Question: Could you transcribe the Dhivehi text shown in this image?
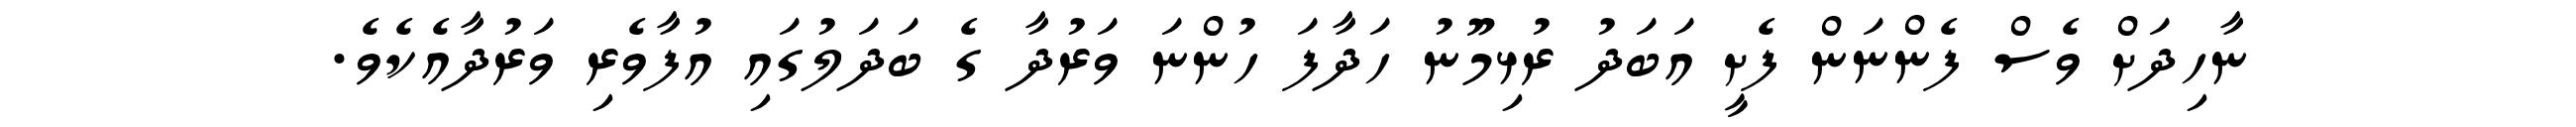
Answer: ނާހިދަށް ވެސް ފެންނަން ފެށީ އަބަދު ރުޅިމޫނު ހަދާފަ ހުންނަ ވަރުދާ ގެ ބަދަލުގައި އުފާވެރި ވަރުދާއެކެވެ.